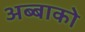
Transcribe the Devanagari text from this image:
अब्बाको